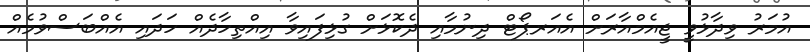
އުމަރު ވިދާޅުވީ ޖީއެމްއާރަށް އެއަރޕޯޓް ދިނުމާއި ދެކޮޅަށް ގުޅިފައިވާ އިއްތިހާދެއް ހަދައި އެއްބަސްވުމެއް